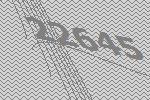
22645